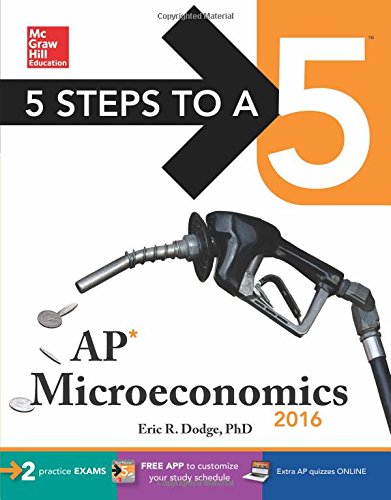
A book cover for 5 Steps to a 5 AP Microeconomics 2016 (5 Steps to a 5 on the Advanced Placement Examinations Series); Eric Dodge; Test Preparation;